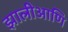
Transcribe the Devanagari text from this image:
झालीआणि